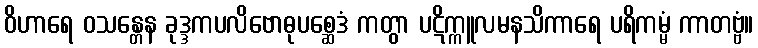
ဝိဟာရေ ဝသန္တေန ခုဒ္ဒကပလိဗောဓုပစ္ဆေဒံ ကတွာ ပဋိက္ကူလမနသိကာရေ ပရိကမ္မံ ကာတဗ္ဗံ။